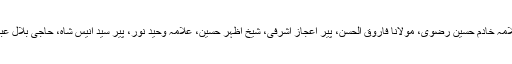
مارچ کی قیادت تحریک کے سرپرست اعلیٰ پیر محمد افضل قاری، تحریک کے مرکزی امیر علامہ خادم حسین رضوی، مولانا فاروق الحسن، پیر اعجاز اشرفی، شیخ اظہر حسین، علامہ وحید نور، پیر سید انیس شاہ، حاجی بلال عبد اللہ، مولانا شفیق الرحمن ہزاروی، مفتی عابد رضا، دیگر علماء ومشائخ اور سنی قائدین نے کی۔